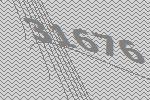
31676